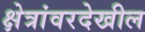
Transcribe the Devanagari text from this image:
क्षेत्रांवरदेखील